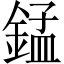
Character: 錳